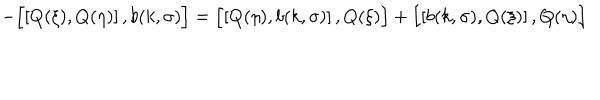
- \Bigl [ \left[ Q ( \xi ) , Q ( \eta ) \right] , b ( k , \sigma ) \Bigr ] = \Bigl [ \left[ Q ( \eta ) , b ( k , \sigma ) \right] , Q ( \xi ) \Bigr ] + \Bigl [ \left[ b ( k , \sigma ) , Q ( \xi ) \right] , Q ( \eta ) \Bigr ]